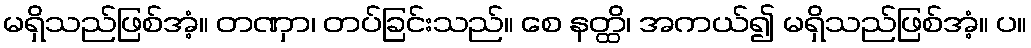
မရှိသည်ဖြစ်အံ့။ တဏှာ၊ တပ်ခြင်းသည်။ စေ နတ္ထိ၊ အကယ်၍ မရှိသည်ဖြစ်အံ့။ ပ။